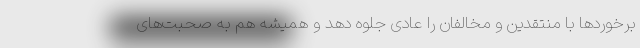
برخوردها با منتقدین و مخالفان را عادی جلوه ‌دهد و همیشه هم به صحبت‌های